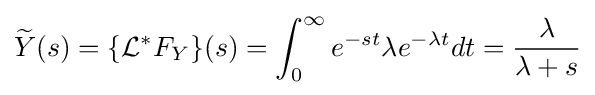
{\widetilde {Y}}(s)=\{{\mathcal {L}}^{*}F_{Y}\}(s)=\int _{0}^{\infty }e^{-st}\lambda e^{-\lambda t}dt={\frac {\lambda }{\lambda +s}}